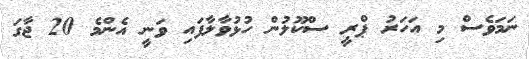
ނަމަވެސް މި އަހަރު ޕްރީ ސްކޫލުން ހުޅުވާލާފައި ވަނީ އެންމެ 20 ޖާގަ